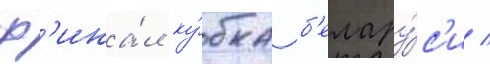
ф'ина́л ку́бка б'елару́с'и /